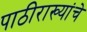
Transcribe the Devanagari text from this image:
पाठीराख्यांचे